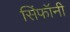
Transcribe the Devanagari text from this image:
सिंफॉनी